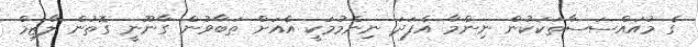
ގެ މުއައްސަސާތަކަކުން ނިންމާ އެފަދަ ނިންމުމަކީ އެއަށް ތަބާވުން ގާނޫނީ ގޮތުން ލާޒިމް